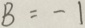
B = - 1